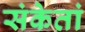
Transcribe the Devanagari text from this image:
संकेतां